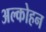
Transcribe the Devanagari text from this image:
अल्कोहन